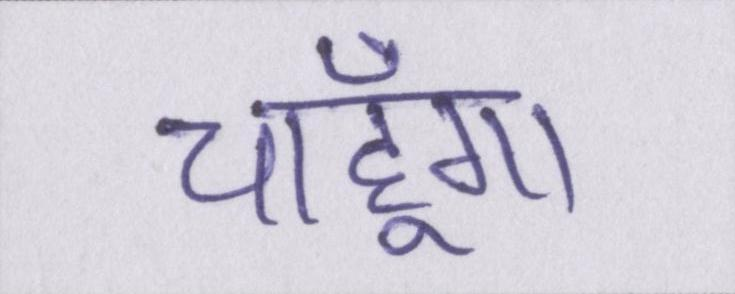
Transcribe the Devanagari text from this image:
चाहूँगा